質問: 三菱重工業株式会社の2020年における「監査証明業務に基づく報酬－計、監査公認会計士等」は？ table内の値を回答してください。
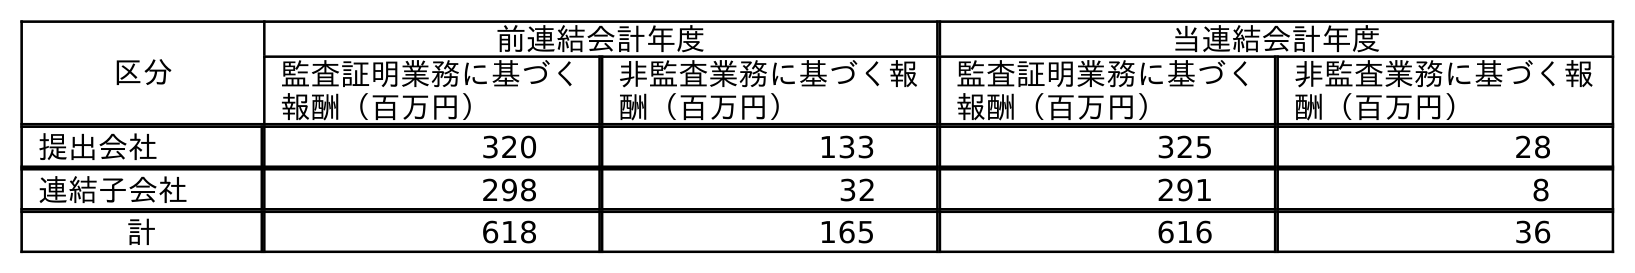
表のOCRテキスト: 区分 前連結会計年度 当連結会計年度 監査証明業務に基づく 報酬（百万円） 非監査業務に基づく報 酬（百万円） 監査証明業務に基づく 報酬（百万円） 非監査業務に基づく報 酬（百万円） 提出会社 320 133 325 28 連結子会社 298 32 291 8 計 618 165 616 36
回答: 616